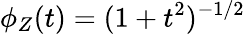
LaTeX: \phi_{Z}(t)=(1+t^{2})^{-1/2}